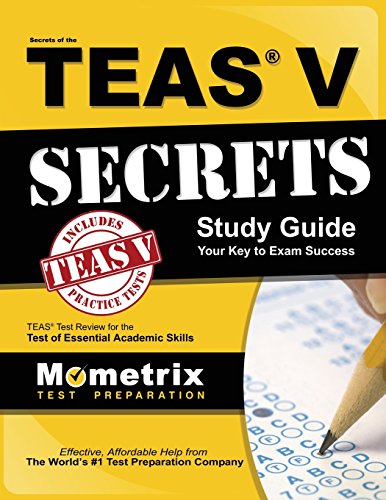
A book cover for Secrets of the TEASÂ® V Exam Study Guide: TEASÂ® Test Review for the Test of Essential Academic Skills; TEAS Exam Secrets Test Prep Team; Medical Books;